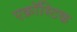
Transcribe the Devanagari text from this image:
एक्रॉस्टिक